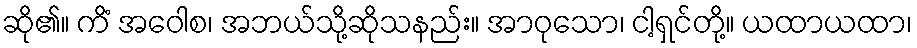
ဆို၏။ ကိံ အဝေါစ၊ အဘယ်သို့ဆိုသနည်း။ အာဝုသော၊ ငါ့ရှင်တို့။ ယထာယထာ၊